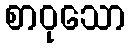
စာဝုသော